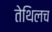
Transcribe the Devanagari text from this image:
तेथिलच